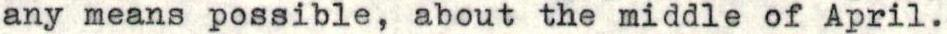
any means possible, about the middle of April.